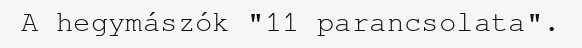
A hegymászók "11 parancsolata".